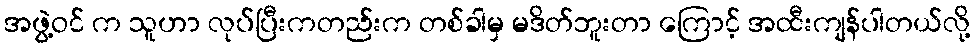
အဖွဲ့ဝင် က သူဟာ လုပ်ပြီးကတည်းက တစ်ခါမှ မဒိတ်ဘူးတာ ကြောင့် အထီးကျန်ပါတယ်လို့